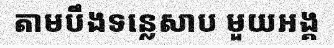
តាមបឹងទន្លេសាប មួយអង្គ